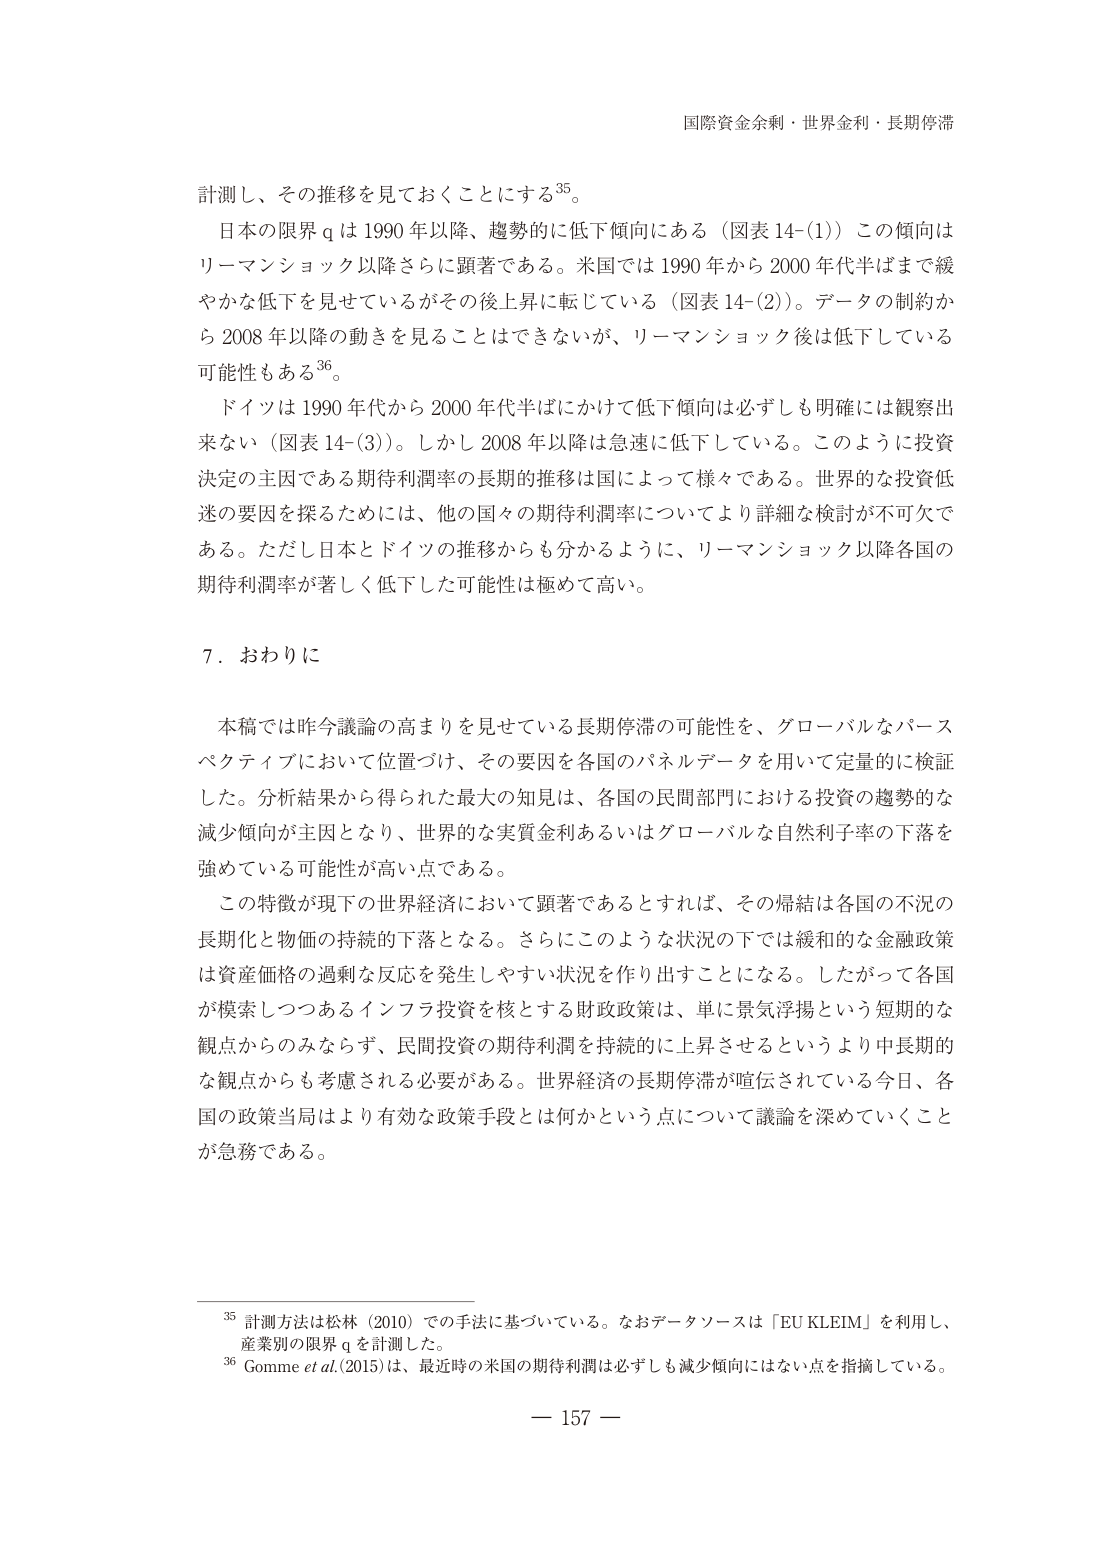
国際資金余剰・世界金利・長期停滞

計測し、その推移を見ておくことにする35。

日本の限界 q は 1990 年以降、趨勢的に低下傾向にある（図表 14-(1)）この傾向はリーマンショック以降さらに顕著である。米国では 1990 年から 2000 年代半ばまでは緩やかな低下を見せているがその後上昇に転じている（図表 14-(2)）。データの制約から 2008 年以降の動きを見ることはできないが、リーマンショック後は低下している可能性もある36。

ドイツは 1990 年代から 2000 年代半ばにかけて低下傾向は必ずしも明確には観察出来ない（図表 14-(3)）。しかし 2008 年以降は急速に低下している。このように投資決定の主因である期待利潤率の長期的推移は国によって様々である。世界的な投資低迷の要因を探るためには、他の国々の期待利潤率についてより詳細な検討が不可欠である。ただし日本とドイツの推移からも分かるように、リーマンショック以降各国の期待利潤率が著しく低下した可能性は極めて高い。

7．おわりに

本稿では昨今議論の高まりを見せている長期停滞の可能性を、グローバルなパースペクティブにおいて位置づけ、その要因を各国のパネルデータを用いて定量的に検証した。分析結果から得られた最大の知見は、各国の民間部門における投資の趨勢的な減少傾向が主因となり、世界的な実質金利あるいはグローバルな自然利子率の下落を強めている可能性が高い点である。

この特徴が現下の世界経済において顕著であるとすれば、その帰結は各国の不況の長期化と物価の持続的下落となる。さらにこのような状況の下では緩和的な金融政策は資産価格の過剰な反応を発生しやすい状況を作り出すことになる。したがって各国が模索しつつあるインフラ投資を核とする財政政策は、単に景気浮揚という短期的な観点からのみならず、民間投資の期待利潤を持続的に上昇させるというより中長期的な観点からも考慮される必要がある。世界経済の長期停滞が喧伝されている今日、各国の政策当局はより有効な政策手段とは何かという点について議論を深めていくことが急務である。

35 計測方法は松林（2010）での手法に基づいている。なおデータソースは「EU KLEIM」を利用し、産業別の限界 q を計測した。

36 Gomme et al. (2015) は、最近時の米国の期待利潤は必ずしも減少傾向にはない点を指摘している。

— 157 —